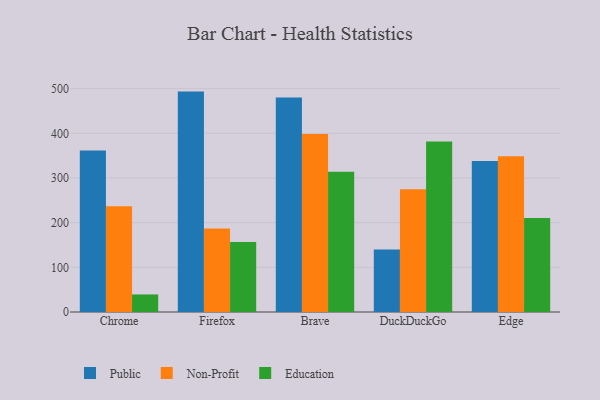
{"axis": {"x": "Browser", "y": "Operating Costs (USD K)"}, "legend": ["Education", "Non-Profit", "Public"], "data": [{"x": "Chrome", "y": 361.5, "type": "Public"}, {"x": "Chrome", "y": 236.7, "type": "Non-Profit"}, {"x": "Chrome", "y": 39.3, "type": "Education"}, {"x": "Firefox", "y": 493.4, "type": "Public"}, {"x": "Firefox", "y": 187.0, "type": "Non-Profit"}, {"x": "Firefox", "y": 156.6, "type": "Education"}, {"x": "Brave", "y": 480.1, "type": "Public"}, {"x": "Brave", "y": 398.5, "type": "Non-Profit"}, {"x": "Brave", "y": 313.8, "type": "Education"}, {"x": "DuckDuckGo", "y": 140.1, "type": "Public"}, {"x": "DuckDuckGo", "y": 275.0, "type": "Non-Profit"}, {"x": "DuckDuckGo", "y": 381.6, "type": "Education"}, {"x": "Edge", "y": 338.0, "type": "Public"}, {"x": "Edge", "y": 348.5, "type": "Non-Profit"}, {"x": "Edge", "y": 210.4, "type": "Education"}]}